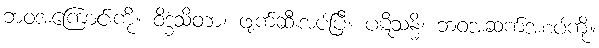
ဘဝအကြောင်းကို။ ဝိဒ္ဓံသိတာ၊ ဖျက်ဆီးအပ်ပြီ။ ပဋိသန္ဓိ၊ ဘဝအဆက်အစပ်ကို။